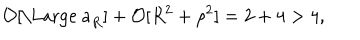
{ \cal O } [ \mathrm { \Large ~ a } _ { R } ] + { \cal O } [ R ^ { 2 } + \rho ^ { 2 } ] = 2 + 4 > 4 ,